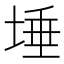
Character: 埵